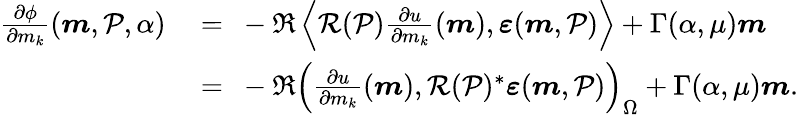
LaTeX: \begin{array}{rl}{\frac{\partial\phi}{\partial m_{k}}(\boldsymbol{m},\mathcal{P},\alpha)\ }&{=\ -\Re\left\langle\mathcal{R}(\mathcal{P})\frac{\partial u}{\partial m_{k}}(\boldsymbol{m}),\boldsymbol{\varepsilon}(\boldsymbol{m},\mathcal{P})\right\rangle+\Gamma(\alpha,\mu)\boldsymbol{m}}\\ {\ }&{=\ -\Re\left(\frac{\partial u}{\partial m_{k}}(\boldsymbol{m}),\mathcal{R}(\mathcal{P})^{*}\boldsymbol{\varepsilon}(\boldsymbol{m},\mathcal{P})\right)_{\Omega}+\Gamma(\alpha,\mu)\boldsymbol{m}.}\end{array}